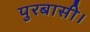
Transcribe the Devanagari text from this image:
पुरबासी।